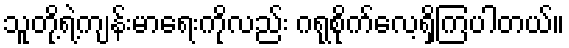
သူတို့ရဲ့ကျန်းမာရေးကိုလည်း ဂရုစိုက်လေ့ရှိကြပါတယ်။